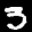
Label: 3